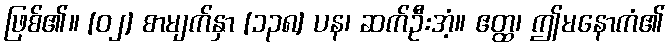
ဖြစ်၏။ [၀၂] စာမျက်နှာ [၁၃၈] ပန၊ ဆက်ဦးအံ့။ ဧတ္ထ၊ ဤမနောကံ၏